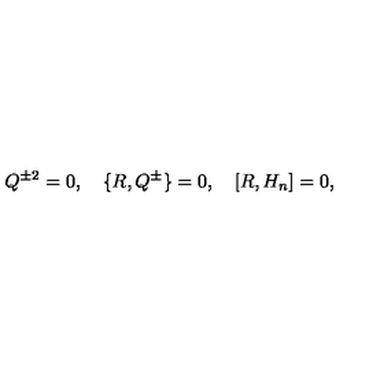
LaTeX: Q ^ { \pm 2 } = 0 , \quad \{ R , Q ^ { \pm } \} = 0 , \quad [ R , H _ { n } ] = 0 ,